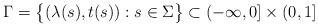
LaTeX: \begin{align*}\Gamma=\big\{(\lambda(s),t(s)): s\in\Sigma\big\}\subset (-\infty,0]\times(0,1]\end{align*}